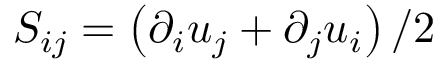
S _ { i j } = \left( \partial _ { i } u _ { j } + \partial _ { j } u _ { i } \right) / 2